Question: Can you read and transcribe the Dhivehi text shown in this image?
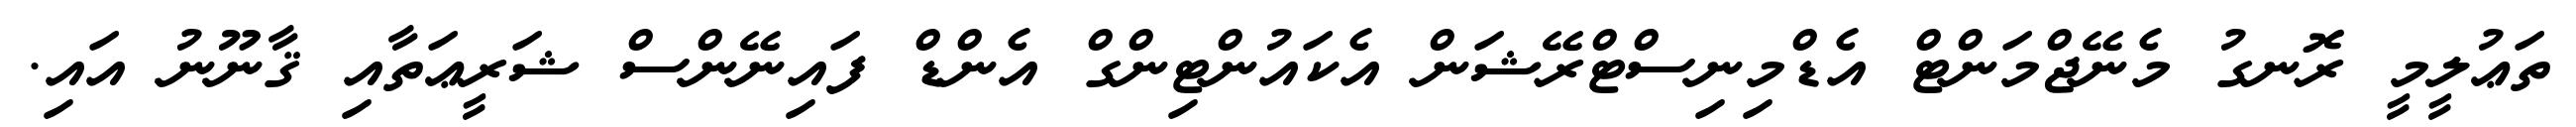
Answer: ތަޢުލީމީ ރޮނގު މެނޭޖްމަންޓް އެޑްމިނިސްޓްރޭޝަން އެކައުންޓިންގް އެންޑް ފައިނޭންސް ޝަރީޢަތާއި ޤާނޫނު އައި.